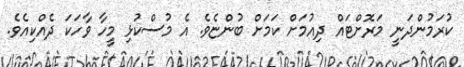
ކުރަމުންދަނީ މަރޮށްޓައް ދިއުމަށް ކަމަށް ބުންޏެވެ. އެ މުސްކުޅި މީހާ ވާހަކަ ދެއްކިއެވެ.